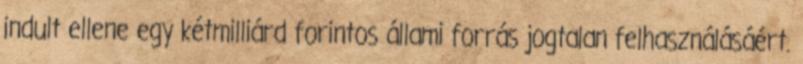
indult ellene egy kétmilliárd forintos állami forrás jogtalan felhasználásáért.